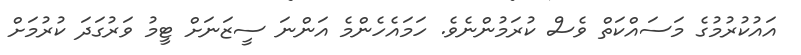
އައުކުރުމުގެ މަސައްކަތް ވެސް ކުރަމުންނެވެ. ހަމައެހެންމެ އަންނަ ސީޒަނަށް ޓީމު ވަރުގަދަ ކުރުމަށް